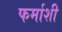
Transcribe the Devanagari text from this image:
फर्माशी